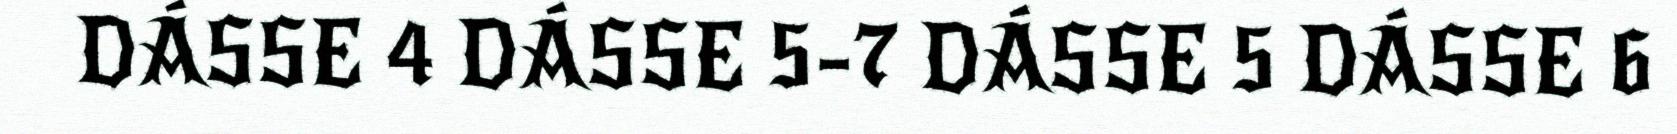
DÁSSE 4 DÁSSE 5-7 DÁSSE 5 DÁSSE 6